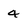
Character: 4